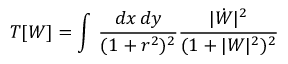
T [ W ] = \int \, \frac { d x \, d y } { ( 1 + r ^ { 2 } ) ^ { 2 } } \frac { | \dot { W } | ^ { 2 } } { ( 1 + | W | ^ { 2 } ) ^ { 2 } }